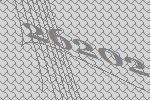
26202